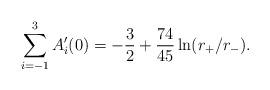
LaTeX: \begin{align*}\sum_{i=-1}^{3}A_{i}'(0)=-{3\over 2}+{74\over 45}\ln(r_{+}/r_{-}) .\end{align*}